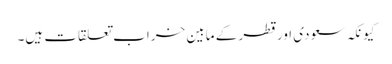
کیونکہ سعودی اور قطر کے مابین خراب تعلقات ہیں۔